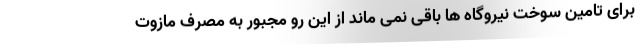
برای تامین سوخت نیروگاه ها باقی نمی ماند از این رو مجبور به مصرف مازوت